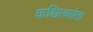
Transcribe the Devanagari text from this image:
कश्चित्कांता